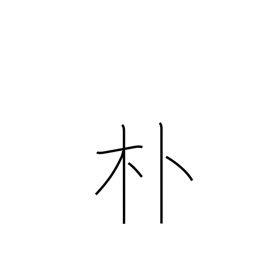
Meaning: simple